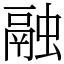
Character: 融